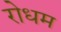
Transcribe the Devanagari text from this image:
रोधम